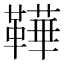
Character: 鞾